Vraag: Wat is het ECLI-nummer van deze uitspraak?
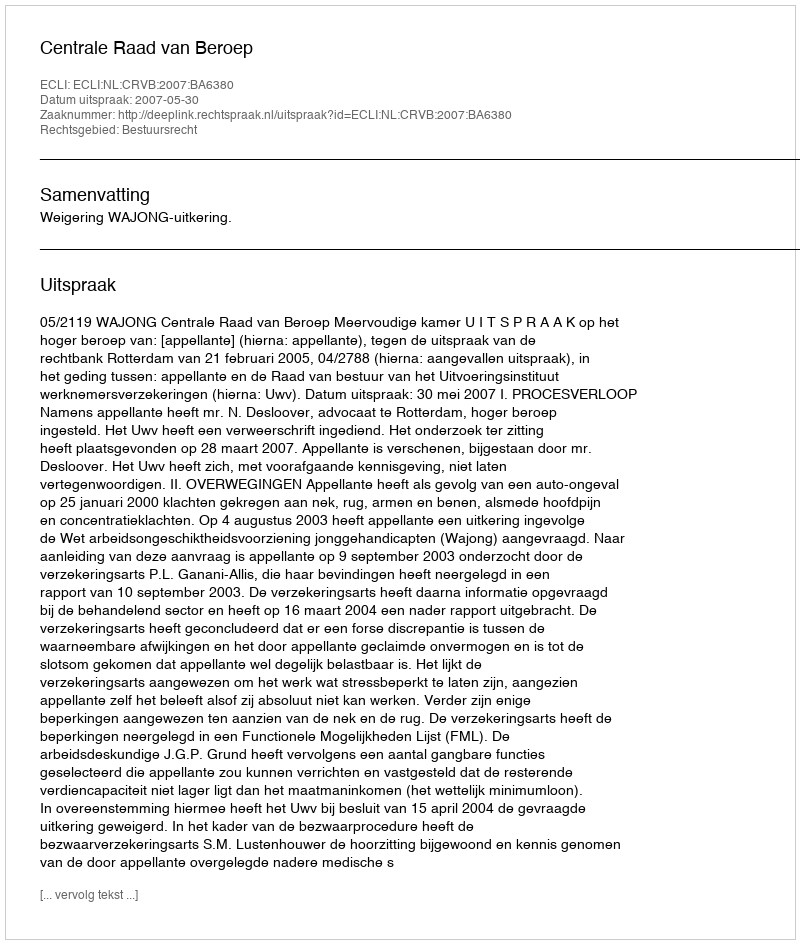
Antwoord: ECLI:NL:CRVB:2007:BA6380